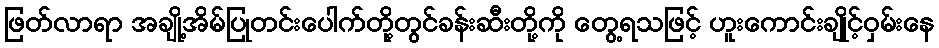
ဖြတ်လာရာ အချို့အိမ်ပြုတင်းပေါက်တို့တွင်ခန်းဆီးတို့ကို တွေ့ရသဖြင့် ဟူးကောင်းချိုင့်ဝှမ်းနေ